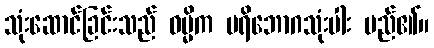
သုံးဆောင်ခြင်းသည် ဓမ္မိက ပရိဘောဂသုံးပါး မည်၏။